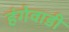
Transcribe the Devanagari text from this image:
हंगेवाडी